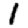
Digit: 1